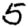
Digit: 5